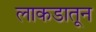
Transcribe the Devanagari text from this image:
लाकडातून